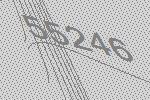
55246